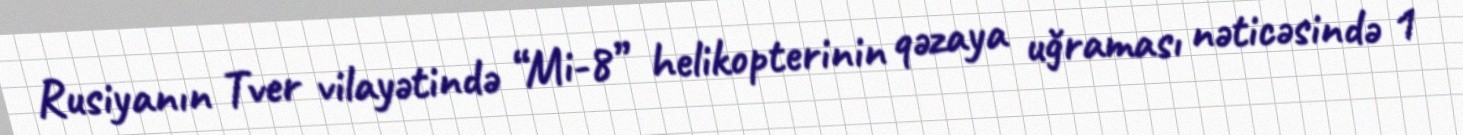
Rusiyanın Tver vilayətində “Mi-8” helikopterinin qəzaya uğraması nəticəsində 1